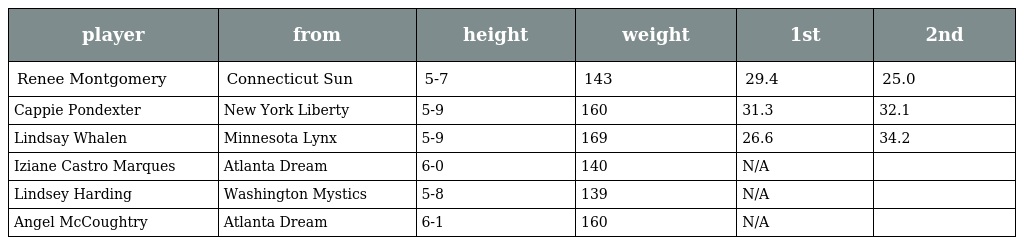
| player | from | height | weight | 1st | 2nd |
 | --- | --- | --- | --- | --- | --- |
 | Renee Montgomery | Connecticut Sun | 5-7 | 143 | 29.4 | 25.0 |
 | Cappie Pondexter | New York Liberty | 5-9 | 160 | 31.3 | 32.1 |
 | Lindsay Whalen | Minnesota Lynx | 5-9 | 169 | 26.6 | 34.2 |
 | Iziane Castro Marques | Atlanta Dream | 6-0 | 140 | N/A |  |
 | Lindsey Harding | Washington Mystics | 5-8 | 139 | N/A |  |
 | Angel McCoughtry | Atlanta Dream | 6-1 | 160 | N/A |  |